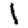
Digit: 1